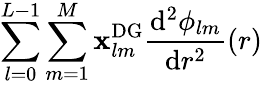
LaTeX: \sum_{l=0}^{L-1}\sum_{m=1}^{M}\mathbf{x}_{lm}^{\mathrm{{DG}}}\frac{\mathrm{d}^{2}\phi_{lm}}{\mathrm{d}r^{2}}(r)